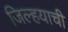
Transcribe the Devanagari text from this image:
जिल्हयाची